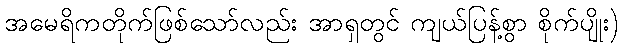
အမေရိကတိုက်ဖြစ်သော်လည်း အာရှတွင် ကျယ်ပြန့်စွာ စိုက်ပျိုး)